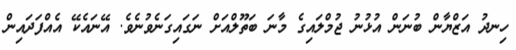
ހިނދު އަޒްޔާން ބުނަން އުޅުނު ޖުމްލައިގެ މާނަ ބަތޫލްއަށް ނަގައިގަނެވުނެވެ. އޭނައެކޭ އެއްފަދައިން